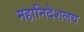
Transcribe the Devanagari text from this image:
महानिदेशलय